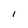
Character: l